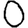
Digit: 0